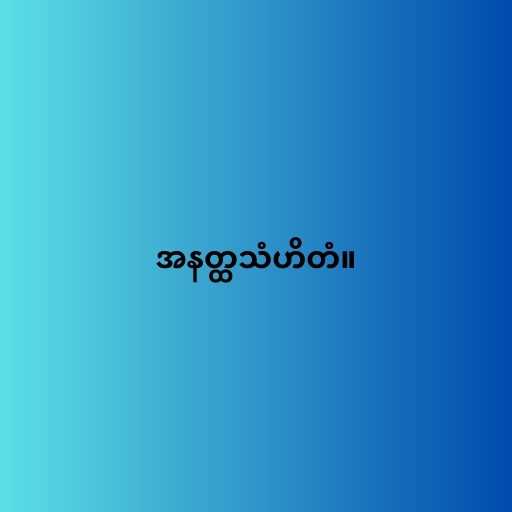
အနတ္ထသံဟိတံ။